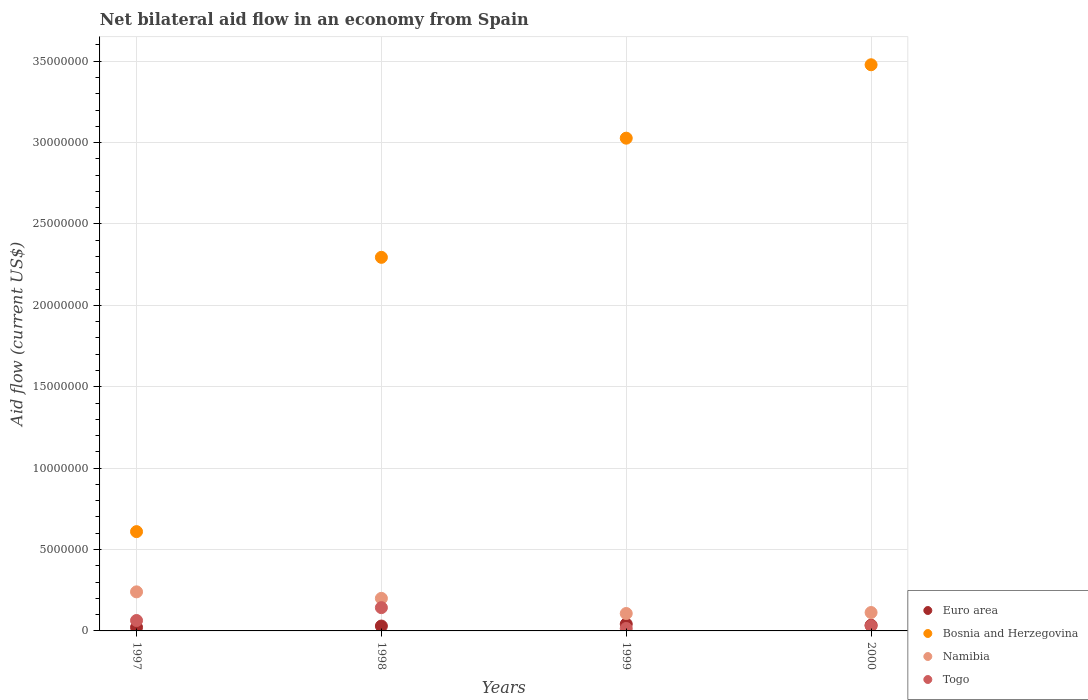
| Years | Euro area | Bosnia and Herzegovina | Namibia | Togo |
 | --- | --- | --- | --- | --- |
 | 1997 | 2.2e+05 | 6.1e+06 | 2.4e+06 | 6.4e+05 |
 | 1998 | 3e+05 | 2.3e+07 | 2e+06 | 1.43e+06 |
 | 1999 | 4.2e+05 | 3.03e+07 | 1.07e+06 | 1.5e+05 |
 | 2000 | 3.5e+05 | 3.48e+07 | 1.13e+06 | 3.2e+05 |